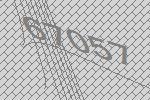
67057